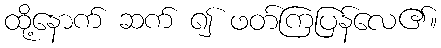
ထို့နောက် ဆက် ၍ ဖတ်ကြပြန်လေ၏။